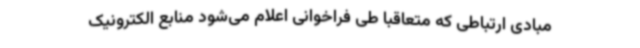
مبادی ارتباطی که متعاقبا طی فراخوانی اعلام می‌شود منابع الکترونیک